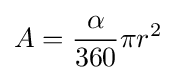
A={\frac {\alpha }{360}}\pi r^{2}